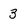
Character: 3